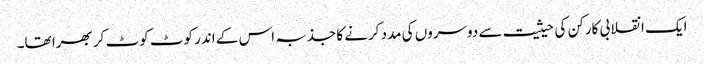
ایک انقلابی کارکن کی حیثیت سے دوسروں کی مدد کرنے کا جذبہ اس کے اندر کوٹ کوٹ کر بھرا تھا۔